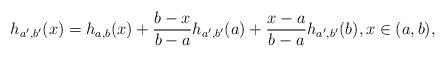
LaTeX: \begin{align*}h_{a',b'}(x)=h_{a,b}(x)+\frac{b-x}{b-a}h_{a',b'}(a)+\frac{x-a}{b-a}h_{a',b'}(b),x\in (a,b),\end{align*}